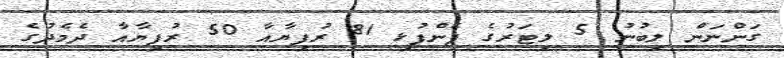
ގަންނަން ލިބުނު 5 ލިޓަރުގެ ފެންފުޅި 81 ރުފިޔާއާ 50 ރުފިޔާއާ ދެމެދުގެ